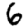
Digit: 6